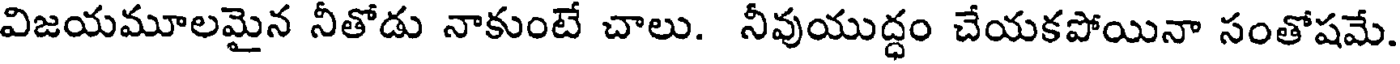
విజయమూలమైన నీతోడు నాకుంటే చాలు. నీవుయుద్ధం చేయకపోయినా సంతోషమే.